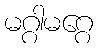
မဂ္ဂါမဂ္ဂေ